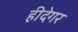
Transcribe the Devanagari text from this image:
हीदेगर